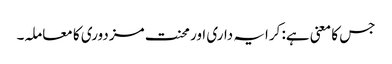
جس کا معنی ہے: کرایہ داری اور محنت مزدوری کا معاملہ۔